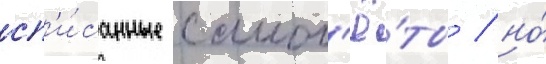
сп'и́санные самол'ё́ты / но́